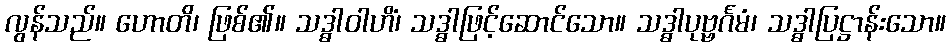
လွန်သည်။ ဟောတိ၊ ဖြစ်၏။ သဒ္ဓါဝါဟိံ၊ သဒ္ဓါဖြင့်ဆောင်သော။ သဒ္ဓါပုဗ္ဗင်္ဂမံ၊ သဒ္ဓါပြဋ္ဌာန်းသော။